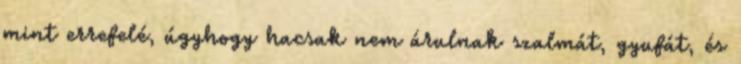
mint errefelé, úgyhogy hacsak nem árulnak szalmát, gyufát, és